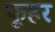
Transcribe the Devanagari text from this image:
फूहर